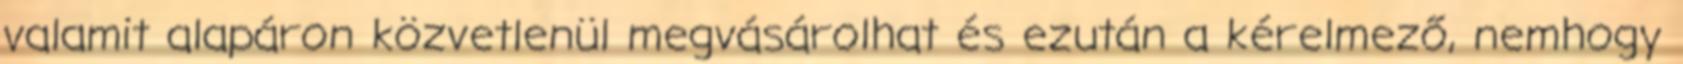
valamit alapáron közvetlenül megvásárolhat és ezután a kérelmező, nemhogy